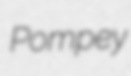
Pompey